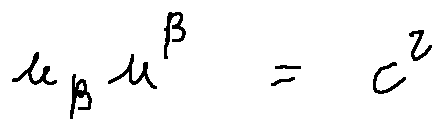
u _ { \beta } u ^ { \beta } = c ^ { 2 }